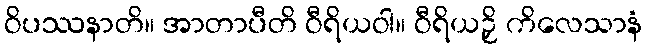
ဝိပဿနာတိ။ အာတာပီတိ ဝီရိယဝါ။ ဝီရိယဉှိ ကိလေသာနံ